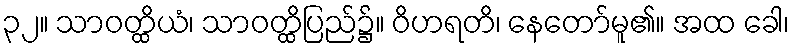
၃၂။ သာဝတ္ထိယံ၊ သာဝတ္ထိပြည်၌။ ဝိဟရတိ၊ နေတော်မူ၏။ အထ ခေါ၊